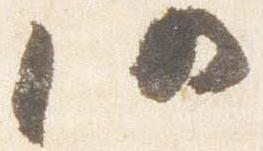
仍